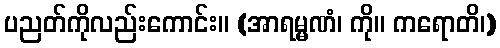
ပညတ်ကိုလည်းကောင်း။ (အာရမ္မဏံ၊ ကို။ ကရောတိ၊)